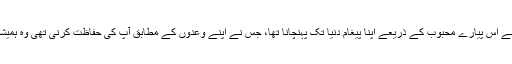
لیکن اللہ تعالیٰ نے جس نے آدم کی پیدائش کے ساتھ ہی آپؐ کی پیدائش کا فیصلہ کر لیا تھا، جس نے اپنے اس پیارے محبوب کے ذریعے اپنا پیغام دنیا تک پہنچانا تھا، جس نے اپنے وعدوں کے مطابق آپؐ کی حفاظت کرنی تھی وہ ہمیشہ مشکل وقت میں آپؐ کی مدد کے لئے فرشتے نازل کرتا رہا جو آپ کی حفاظت کا انتظام کرتے تھے۔